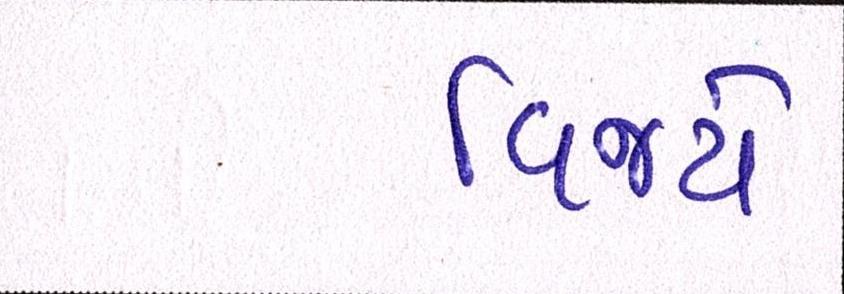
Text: વિજયે